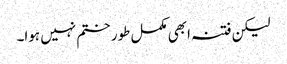
لیکن فتنہ ابھی مکمل طور ختم نہیں ہوا۔